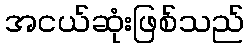
အငယ်ဆုံးဖြစ်သည်